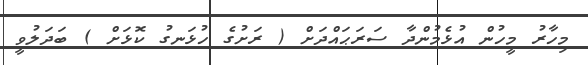
މިހާރު މީހުން އުޅެމުންދާ ސަރަޙައްދަށް ( ރަށުގެ ހުޅަނގު ކޮޅަށް ) ބަދަލުވީ